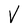
Character: V